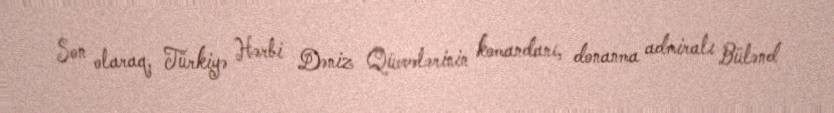
Son olaraq, Türkiyə Hərbi Dəniz Qüvvələrinin komandanı, donanma admiralı Bülənd